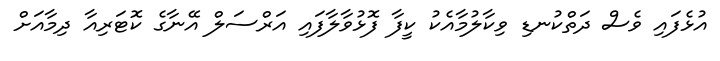
އުޅެފައި ވެސް ދަތްކުނޑި ވިކާލުމާއެކު ކީފާ ފޮޅުވާލާފައި އަރްސަލް އޭނާގެ ކޮޓަރިއާ ދިމާއަށް